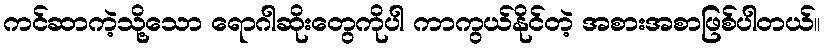
ကင်ဆာကဲ့သို့သော ရောဂါဆိုးတွေကိုပါ ကာကွယ်နိုင်တဲ့ အစားအစာဖြစ်ပါတယ်။